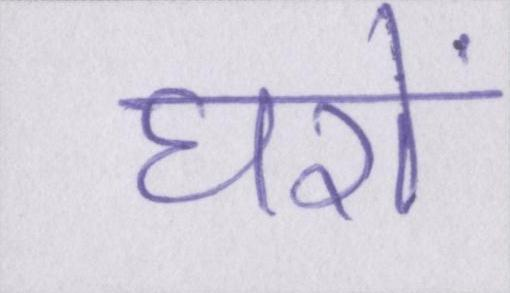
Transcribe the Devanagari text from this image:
घरों